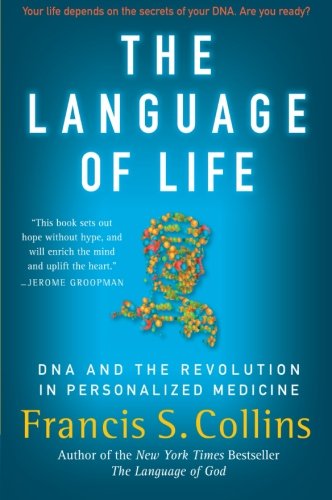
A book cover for The Language of Life: DNA and the Revolution in Personalized Medicine; Francis S. Collins; Health, Fitness & Dieting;